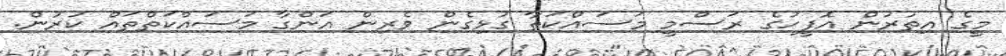
މީގެ އިތުރުން އޮފީހުގެ ރަސްމީ މަސައްކަތާ ގުޅިގެން ވެރިން އަންގާ މަސައްކަތްތައް ކުރުން.